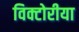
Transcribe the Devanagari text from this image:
विक्टोरीया